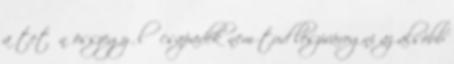
a tetőn összegyűlő csapadék nem tud leszivárogni az alsóbb